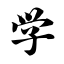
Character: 学